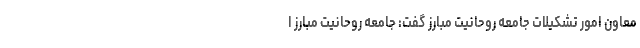
معاون امور تشکیلات جامعه روحانیت مبارز گفت: جامعه روحانیت مبارز ا